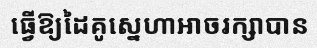
ធ្វើឱ្យដៃគូស្នេហាអាចរក្សាបាន